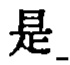
是\_